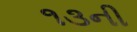
૧૩ની